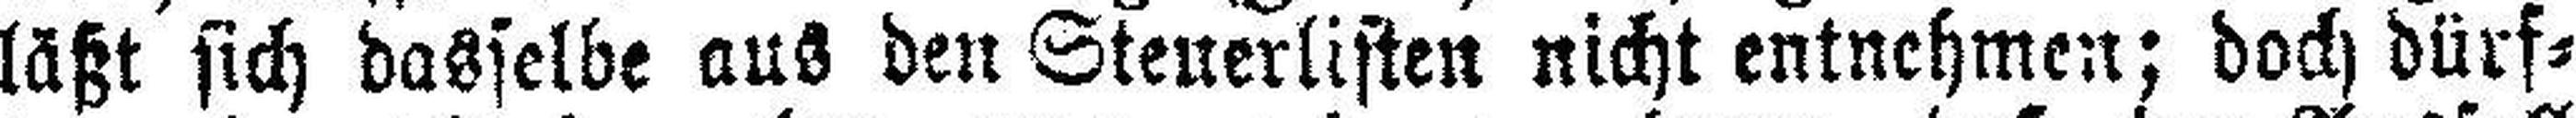
läßt sich dasselbe aus den Steuerlisten nicht entnehmen; doch dürf¬